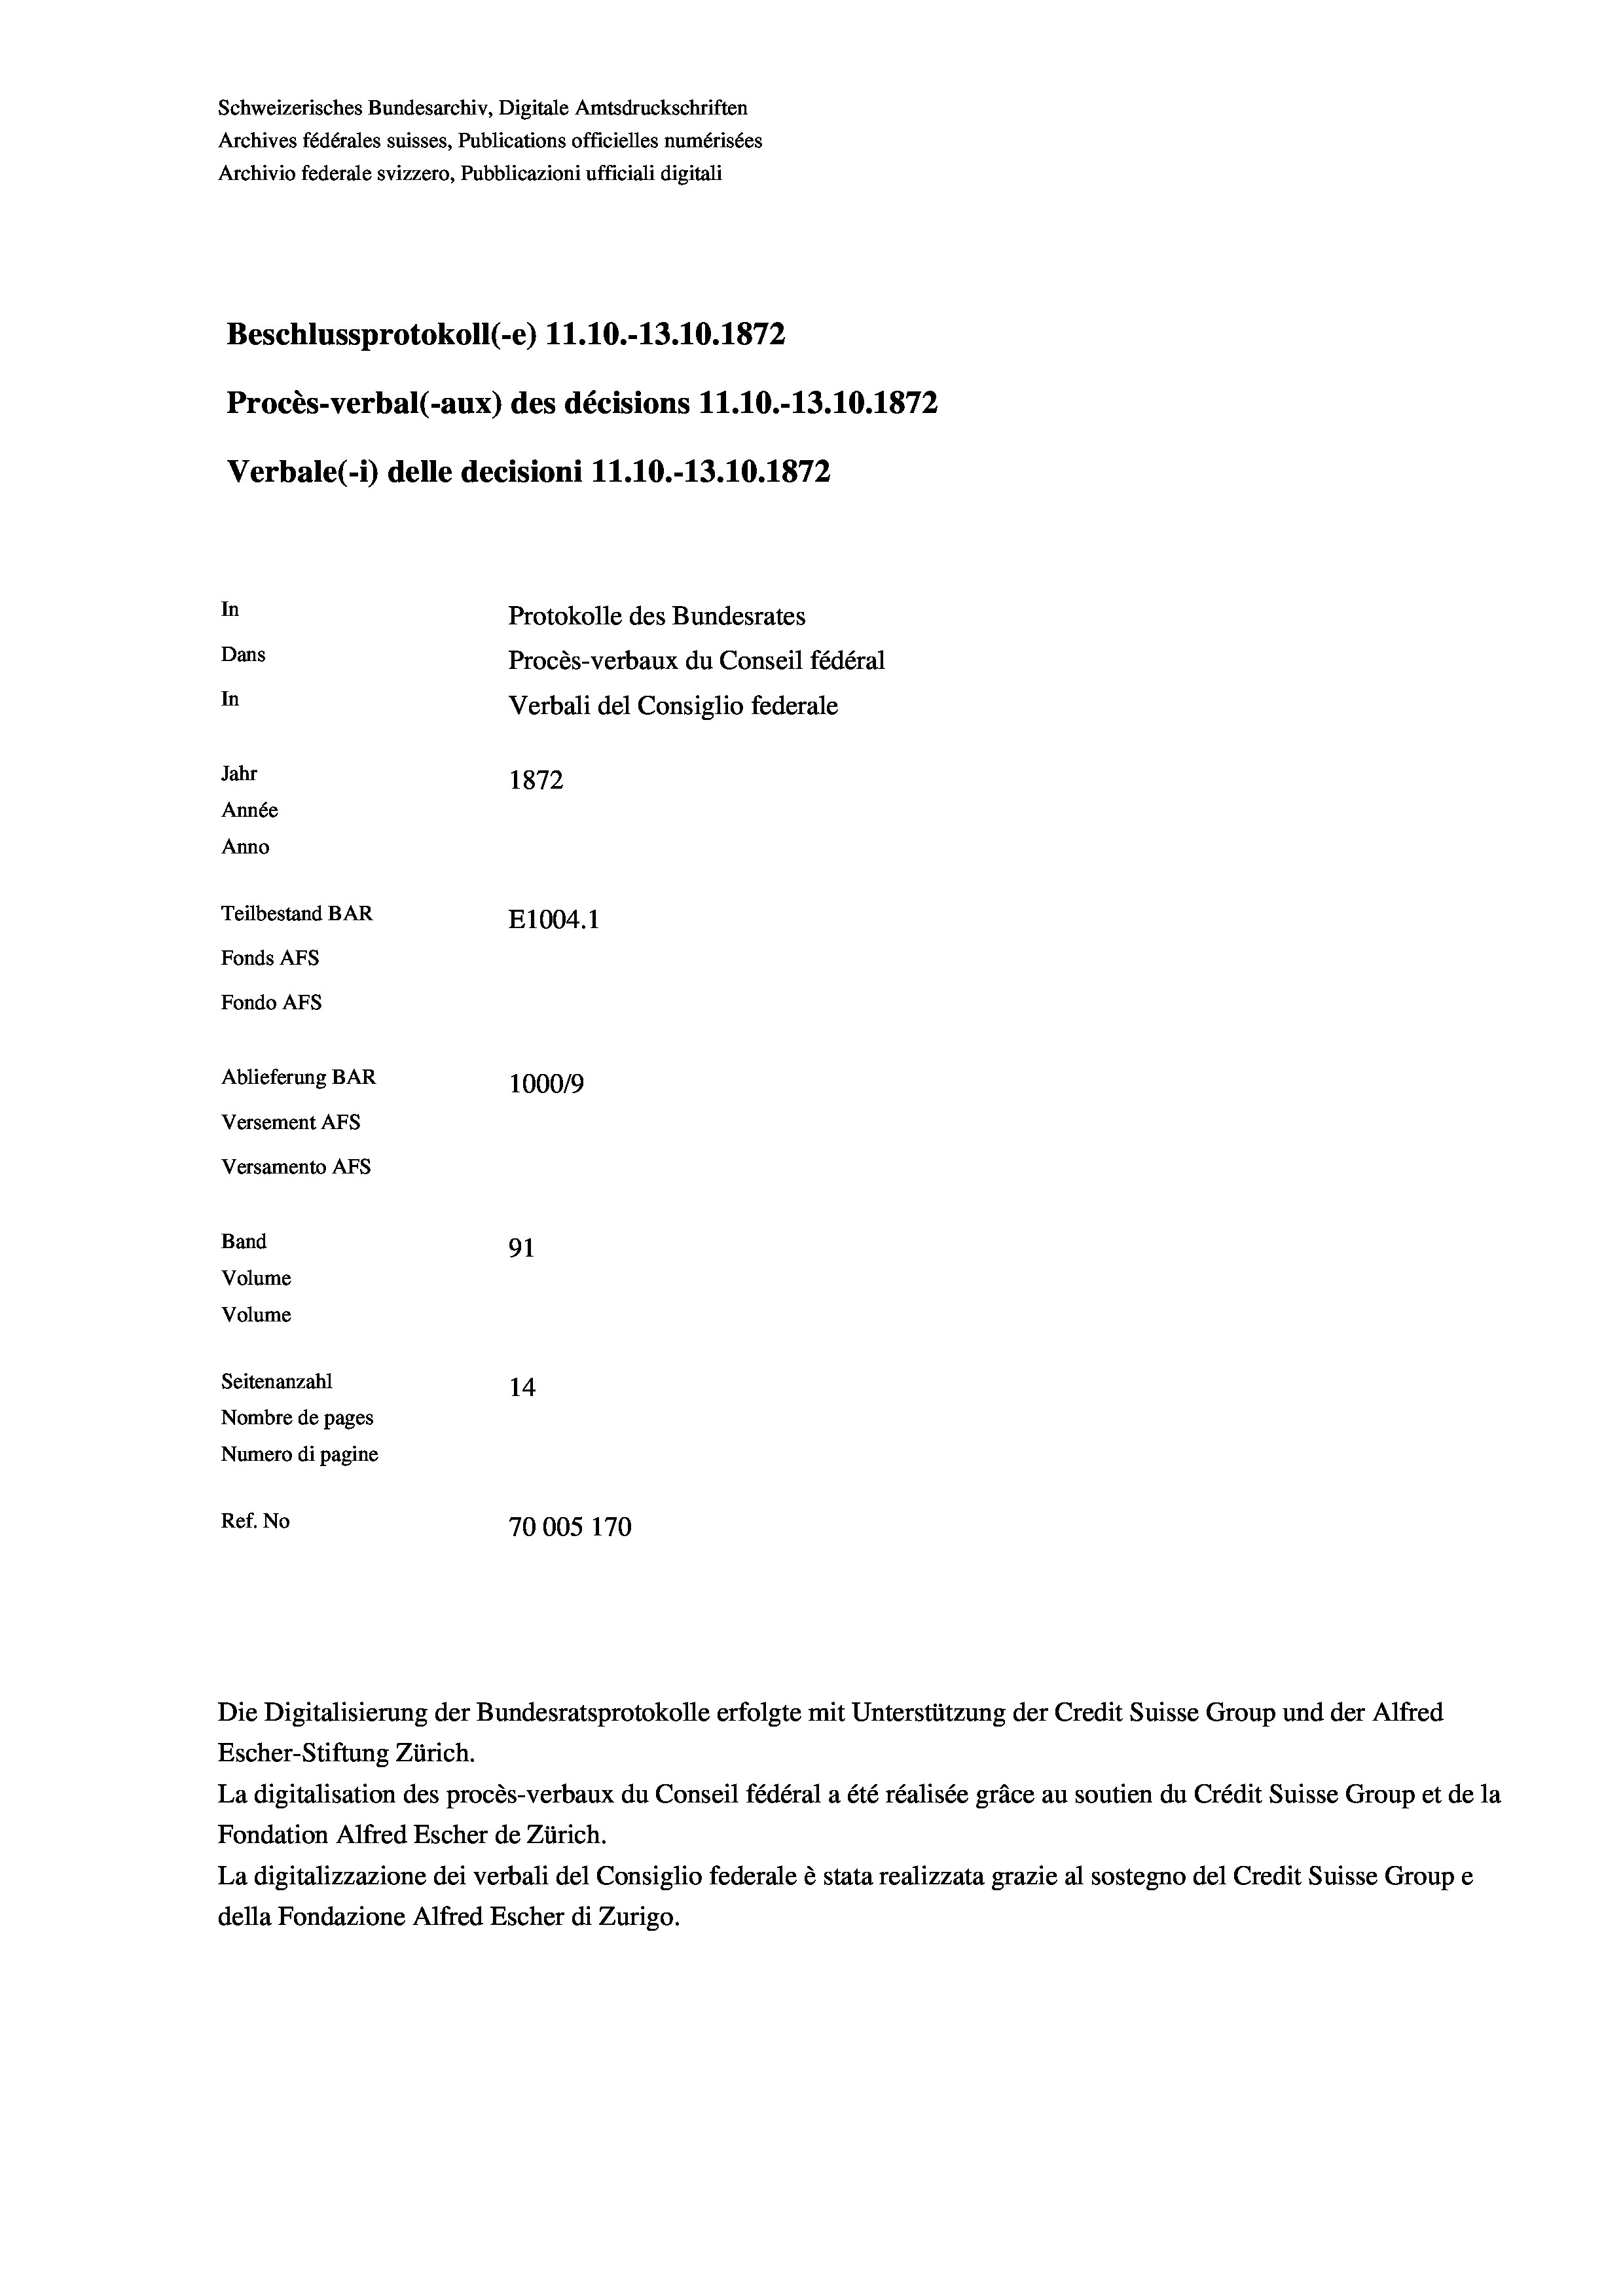
Schweizerisches Bundesarchiv, Digitale Amtsdruckschriften
Archives fédérales suisses, Publications officielles numérisées
Archivio federale svizzero, Pubblicazioni ufficiali digitali
Beschlussprotokoll (-e) 11.10.-13.10.1872
Procès-verbal (-aux) des décisions 11.10.-13.10.1872
Verbale(-*) delle decisioni 11.10.-13.10.1872
In
Protokolle des Bundesrates
Dans
Procès-verbaux du Conseil fédéral
In
Verbali del Consiglio federale
Jahr
1872
Année
Anno
Teilbestand BAR
E1004. 1
Fonds Afs
Fondo AFS
Ablieferung BAR
100019
Versement AFs
Versamento Afs
Band
91
Volume
Volume
Seitenanzahl
14
Nombre de pages
Numero di pagine
Ref. No
70005 170

Escher-Stiftung Zürich.
La digitalisation des procès-verbaux du Conseil fédéral a été réalisée gräce au soutien du Crédit Suisse Group et de la
Fondation Alfred Escher de Zürich.
La digitalizzazione dei verbali del Consiglio federale è stata realizzata grazie al sostegno del Credit Suisse Groupe
della Fondazione Alfred Escher di Zurigo.

Die Digitalisierung der Bundesratsprotokolle erfolgte mit Unterstützung der Credit Suisse Group und der Alfred